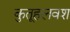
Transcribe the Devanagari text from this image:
कुतूहलवश